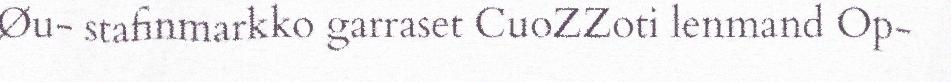
Øu- stafinmarkko garraset CuoZZoti lenmand Op-